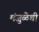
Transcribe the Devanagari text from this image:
मंजुळेची